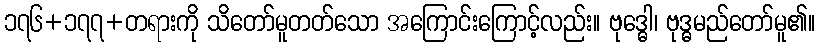
၁၇၆+၁၇၇+တရားကို သိတော်မူတတ်သော အကြောင်းကြောင့်လည်း။ ဗုဒ္ဓေါ၊ ဗုဒ္ဓမည်တော်မူ၏။